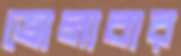
ভোলাবার